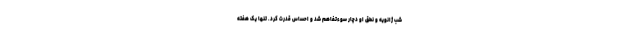
شب ژانویه و نطق او دچار سوء‌تفاهم شد و احساس قدرت کرد. تنها یک هفته